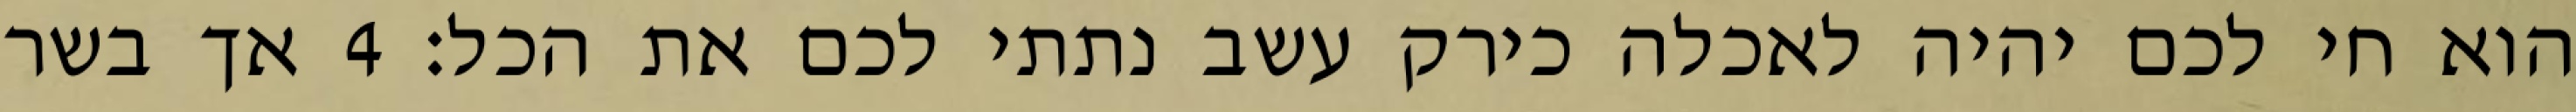
הוא חי לכם יהיה לאכלה כירק עשב נתתי לכם את הכל׃ ‎4‏ אך בשר